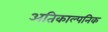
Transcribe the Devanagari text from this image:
अतिकाल्पनिक